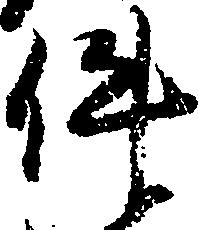
件